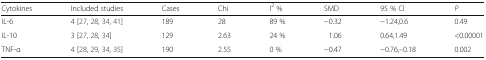
<table><thead><tr><td><b>Cytokines</b></td><td><b>Included studies</b></td><td><b>Cases</b></td><td><b>Chi</b></td><td><b>I<sup>2</sup> %</b></td><td><b>SMD</b></td><td><b>95 % CI</b></td><td><b><i>P</i></b></td></tr></thead><tbody><tr><td>IL-6</td><td>4 [27, 28, 34, 41]</td><td>189</td><td>28</td><td>89 %</td><td>−0.32</td><td>−1.24,0.6</td><td>0.49</td></tr><tr><td>IL-10</td><td>3 [27, 28, 34]</td><td>129</td><td>2.63</td><td>24 %</td><td>1.06</td><td>0.64,1.49</td><td>&lt;0.00001</td></tr><tr><td>TNF-α</td><td>4 [28, 29, 34, 35]</td><td>190</td><td>2.55</td><td>0 %</td><td>−0.47</td><td>−0.76,–0.18</td><td>0.002</td></tr></tbody></table>